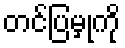
တင်ပြမှုကို